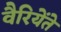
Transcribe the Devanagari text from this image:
वैरियेंते